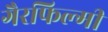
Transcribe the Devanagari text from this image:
गैरफिल्मी